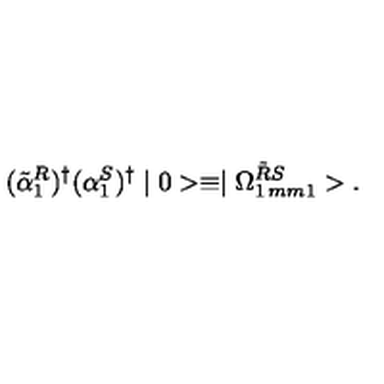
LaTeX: ( \tilde { \alpha } _ { 1 } ^ { R } ) ^ { \dag } ( \alpha _ { 1 } ^ { S } ) ^ { \dag } \mid 0 > \equiv \mid \Omega _ { 1 \hspace * { 1 m m } 1 } ^ { \tilde { R } S } > .